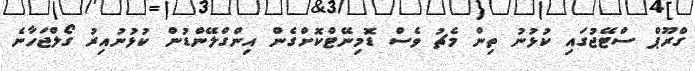
ގްރޫޕް ސްޓޭޖުގައި ކުޅުނު ތިން މެޗު ވެސް ޑޮމިނޭޓްކޮށްގެން އިންގްލޭންޑުން ކުޅުނުއިރު ގޯލްޖަހާނެ